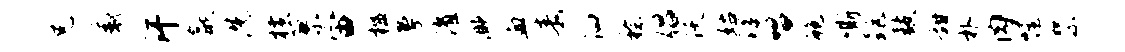
兄感汗歙洗横蓼宙槛曼濯渺血毒泗稔倡沃姑滹唱鲍嘶距鼓甜朴肉幄絮